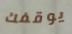
يوقفك